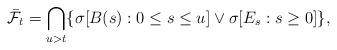
LaTeX: \begin{align*}\bar{\mathcal{F}}_{t} = \bigcap_{u>t}\{\sigma[B(s): 0\leq s \leq u]\vee\sigma[E_{s}: s\geq 0]\},\end{align*}